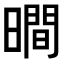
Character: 𣊺